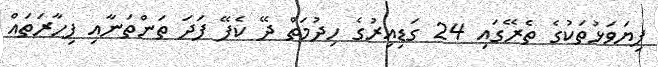
ފިޔަވަޅުތަކުގެ ތެރޭގައި 24 ގަޑިއިރުގެ ހިދުމަތް ދޭ ކެފޭ ފަދަ ތަންތަނާއި ފިހާރަތައް